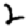
Digit: 2